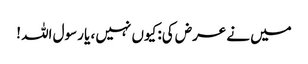
میں نے عرض کی: کیوں نہیں ، یا رسول اللہ !